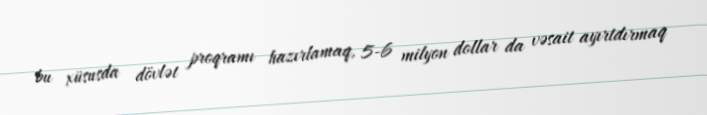
bu xüsusda dövlət proqramı hazırlamaq, 5-6 milyon dollar da vəsait ayırtdırmaq